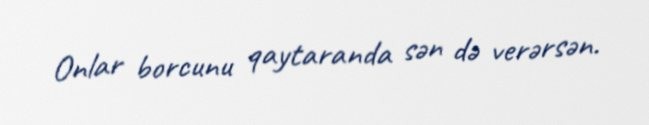
Onlar borcunu qaytaranda sən də verərsən.